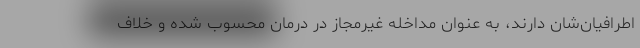
اطرافیان‌شان دارند، به عنوان مداخله غیرمجاز در درمان محسوب شده و خلاف